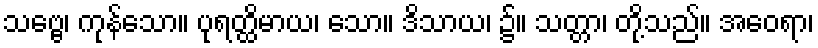
သဗ္ဗေ၊ ကုန်သော။ ပုရတ္ထိမာယ၊ သော။ ဒိသာယ၊ ၌။ သတ္တာ၊ တို့သည်။ အဝေရာ၊